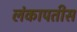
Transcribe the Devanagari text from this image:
लंकापतीस